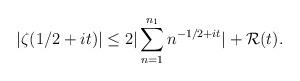
LaTeX: \begin{align*}|\zeta(1/2+it)| \le 2|\sum_{n=1}^{n_1} n^{-1/2+it}| +\mathcal{R}(t).\end{align*}